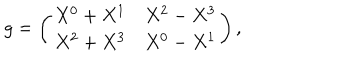
g = \left( \begin{array} { c c c } { { X ^ { 0 } + X ^ { 1 } } } & { { X ^ { 2 } - X ^ { 3 } } } \\ { { X ^ { 2 } + X ^ { 3 } } } & { { X ^ { 0 } - X ^ { 1 } } } \\ \end{array} \right) ,